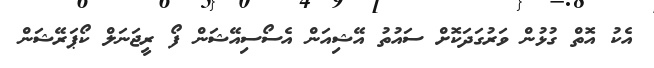
އެކު އޮތް ގުޅުން ވަރުގަދަކޮށް ސައުތު އޭޝިއަން އެސޯސިއޭޝަން ފޯ ރީޖަނަލް ކޯޕަރޭޝަން